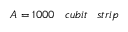
A = 1 0 0 0 \; \; \; c u b i t \; \; \; s t r i p